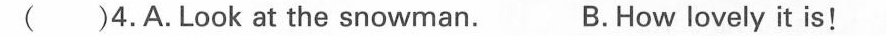
( )4.A.Look at the snowman. B.How lovely it is ?